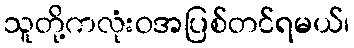
သူတို့ကလုံးဝအပြစ်တင်ရမယ်၊